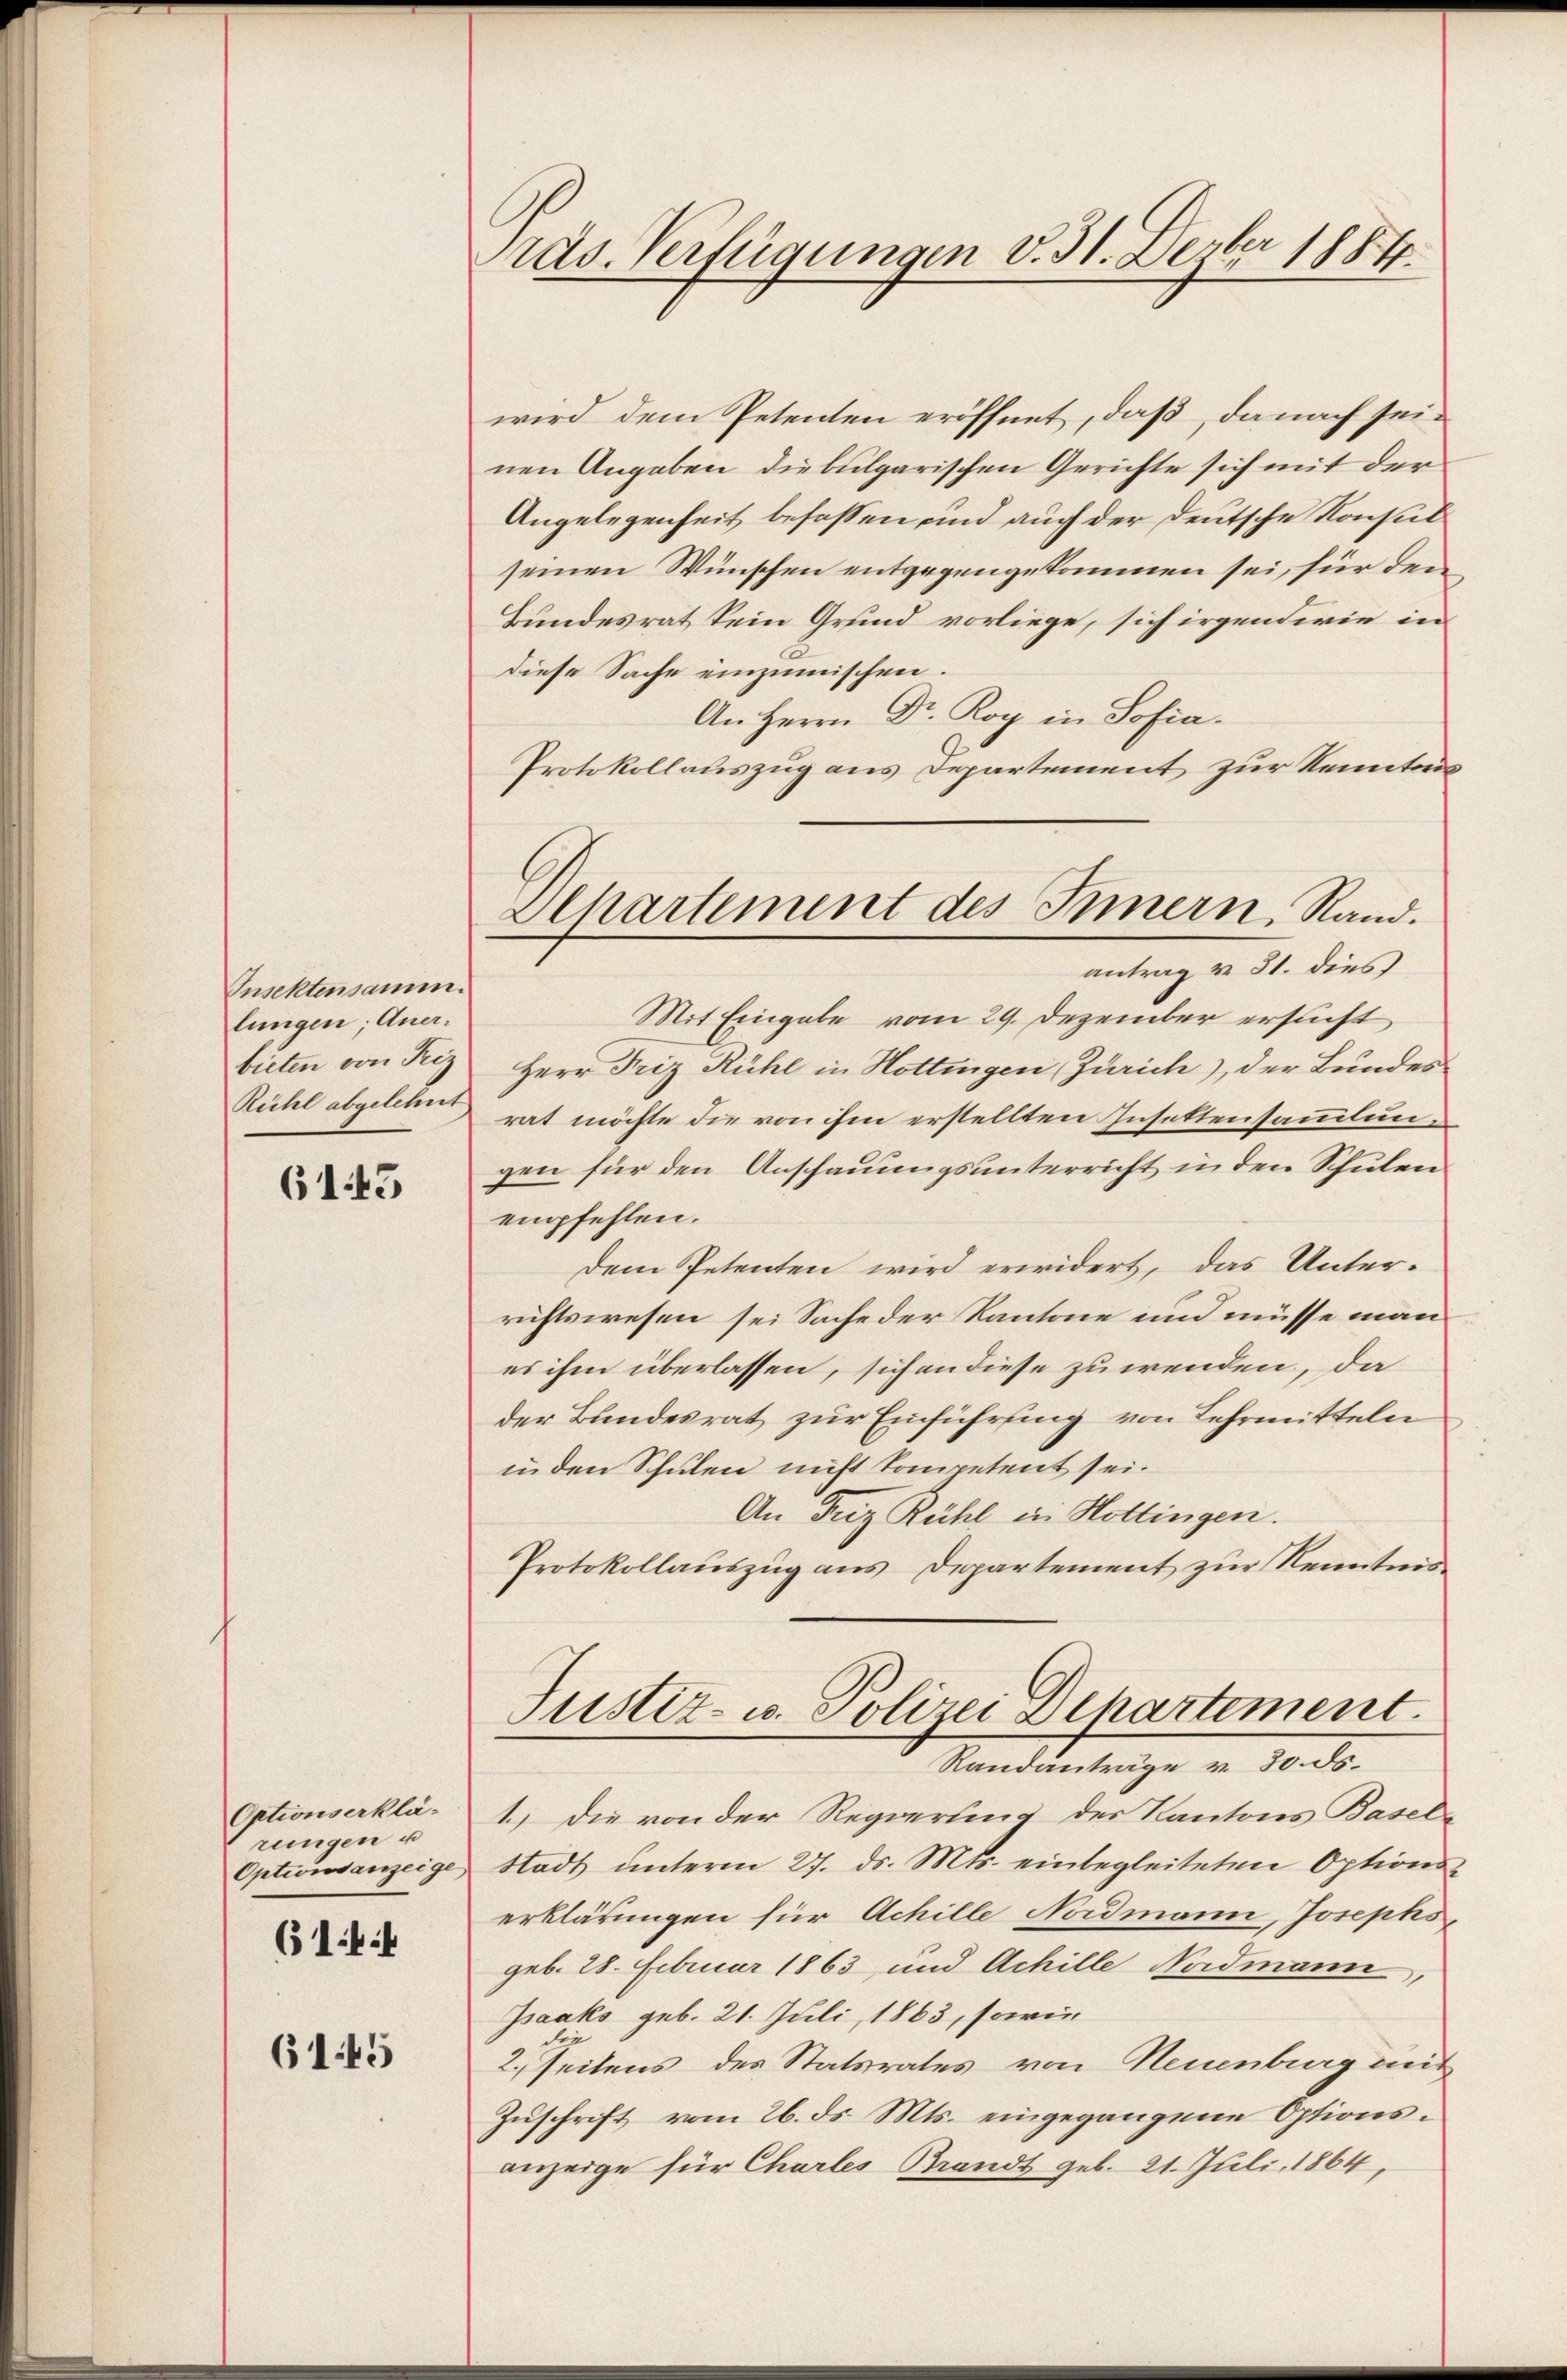
Insektensamm
lungen; Anerbieten von Friz
Rühl abgelehnt

6145

Optionserklä-
rungen u.
Optionsanzeige

6144

6145

Pras. Verfügungen v. 31. Dezbr 1884.

wird dem Petenten eröffnet, daß, danach seinen Angaben die bulgarischen Gerichte sich mit der
Angelegenheit besassen und auch der deutsche Konsul
seinen Wünschen entgegengekommen sei, für den
Bundesrat kein Grund vorliege, sich irgendwie in
diese Sache einzumischen.
An Herrn Dr. Rog in Sofia.
Protokollauszug aus Departement zur Kenntn
Mit Eingabe vom 29. Dezember ersucht
Herr Friz Rühl in Hottingen, Zürich), der Bundes
rat möchte die von ihm erstellten Insettensammlungen für den Anschauungsunterricht in den Schulen
empfehlen.
dem Petenten wird erwidert, das Unterrichtswesen sei Sache der Kantone und müsse man
es ihm überlassen, sichen diese zu wenden, da
der Bundesrat zur Einführung von Lehrmitteln
in den Schulen nicht kompetent sei.
An Tuz Rühl in Hottingen.
Protokollauszug aus Departement zur Kenntnis¬
Justiz- u. Polizei Dehartement.
Randanträge v. 30. ds.
1.) Die von der Regierung des Kantons Basel¬
Stadt unterm 27. ds. Mts. einbegleiteten Options-
erklärungen für Achille Nordmann, Josephs,
geb. 28. Februar 1863 und Achille Nordmann,
Isaaks geb. 21. Juli 1863, sowie
2. Seitens des Statsrates von Neuenburg mit
Zuschrift vom 26. ds. Mts. eingegangene Optionsanzeige für Chartes Brands geb. 21. Juli 1864,

Alhartement des Innern, Rand.
antrag v. 31. dies